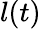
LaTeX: l(t)